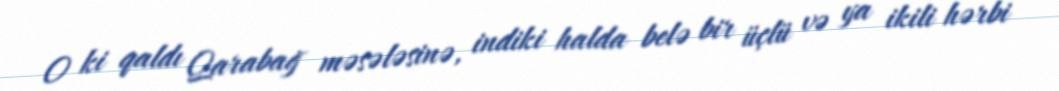
O ki qaldı Qarabağ məsələsinə, indiki halda belə bir üçlü və ya ikili hərbi